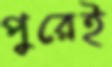
পুরেই